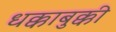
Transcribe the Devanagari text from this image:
धक्काबुक्की